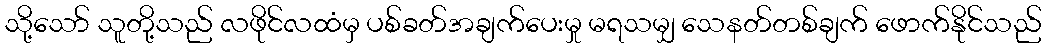
သို့သော် သူတို့သည် လဖိုင်လထံမှ ပစ်ခတ်အချက်ပေးမှု မရသမျှ သေနတ်တစ်ချက် ဖောက်နိုင်သည်